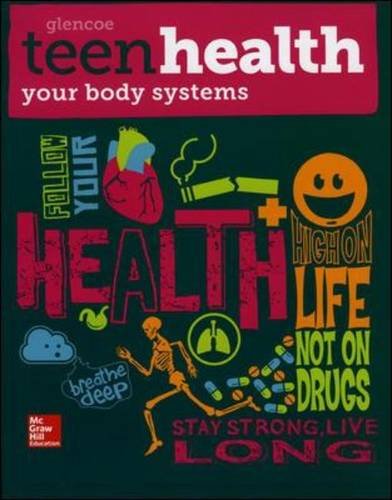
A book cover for Teen Health, Your Body Systems 2014; McGraw-Hill Education; Health, Fitness & Dieting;